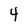
Character: 4